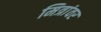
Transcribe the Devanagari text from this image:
मित्रांवर